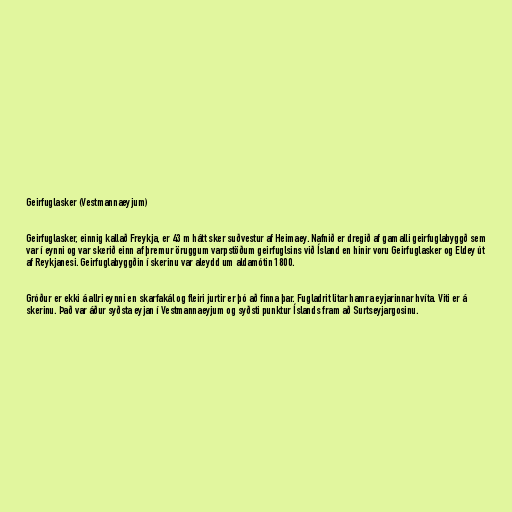
Geirfuglasker (Vestmannaeyjum)

Geirfuglasker, einnig kallað Freykja, er 43 m hátt sker suðvestur af Heimaey. Nafnið er dregið af gamalli geirfuglabyggð sem
var í eynni og var skerið einn af þremur öruggum varpstöðum geirfuglsins við Ísland en hinir voru Geirfuglasker og Eldey út
af Reykjanesi. Geirfuglabyggðin í skerinu var aleydd um aldamótin 1800.

Gróður er ekki á allri eynni en skarfakál og fleiri jurtir er þó að finna þar. Fugladrit litar hamra eyjarinnar hvíta. Viti er á
skerinu. Það var áður syðsta eyjan í Vestmannaeyjum og syðsti punktur Íslands fram að Surtseyjargosinu.